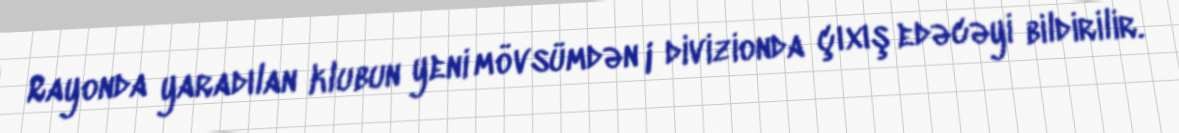
Rayonda yaradılan klubun yeni mövsümdən I divizionda çıxış edəcəyi bildirilir.